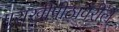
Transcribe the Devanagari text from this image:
गुराखीपीठावरील